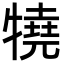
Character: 㹓